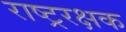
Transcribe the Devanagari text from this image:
राष्ट्ररक्षक